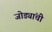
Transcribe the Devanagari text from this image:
जोड्यांची